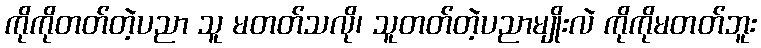
ကိုကိုတတ်တဲ့ပညာ သူ မတတ်သလို၊ သူတတ်တဲ့ပညာမျိုးလဲ ကိုကိုမတတ်ဘူး